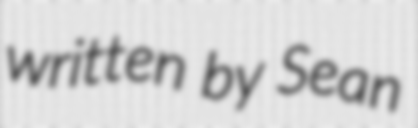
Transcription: written by Sean